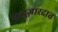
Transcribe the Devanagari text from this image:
नागुज़ारदात